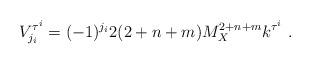
LaTeX: \begin{align*}V^{\tau^i}_{j_i}= (-1)^{j_i} 2 (2+n+m) M_X^{2+n+m} k^{\tau^i} ~.~\,\end{align*}